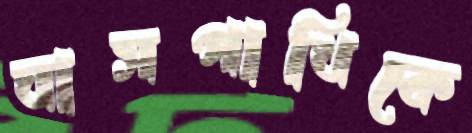
ঘাসপাখিকে